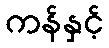
ကန်နှင့်